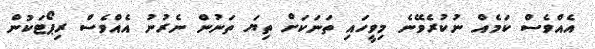
އެއްވެސް ކަމެއް ނުކުރެވޭނެ މިވީހައި ތަނަކަށް ތިޔަ ތަނުން ނެރުނު އެއްވެސް ރިޕޯޓަކުން